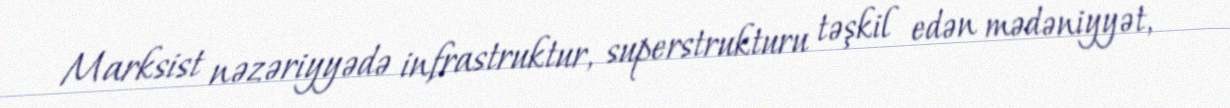
Marksist nəzəriyyədə infrastruktur, superstrukturu təşkil edən mədəniyyət,